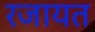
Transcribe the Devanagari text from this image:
रजायत